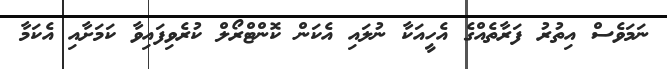
ނަމަވެސް އިތުރު ފަރާތެއްގެ އެހީއަކާ ނުލައި އެކަން ކޮންޓްރޯލް ކުރެވިފައިވާ ކަމަށާއި އެކަމާ